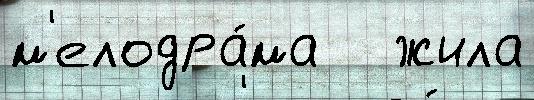
м'елодра́ма   жила